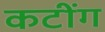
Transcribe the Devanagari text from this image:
कटींग